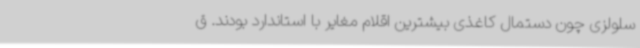
سلولزی چون دستمال کاغذی بیشترین اقلام مغایر با استاندارد بودند. ق